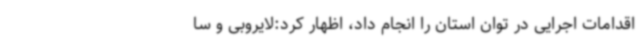
اقدامات اجرایی در توان استان را انجام داد، اظهار کرد:لایروبی و سا